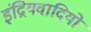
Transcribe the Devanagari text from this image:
इंद्रियवादियों